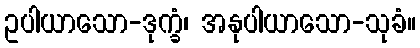
ဥပါယာသော-ဒုက္ခံ၊ အနုပါယာသော-သုခံ။